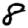
Digit: 8